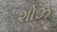
શોઝ